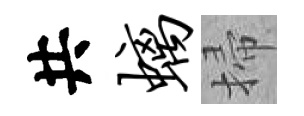
共螭掃